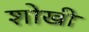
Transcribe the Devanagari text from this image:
शोखी